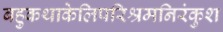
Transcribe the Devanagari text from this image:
बहुकथाकेलिपरिश्रमनिरंकुश